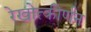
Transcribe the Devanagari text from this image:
रेखोत्कीर्णन